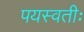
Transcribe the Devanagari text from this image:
पयस्वतीः